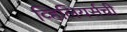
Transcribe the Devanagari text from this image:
व्हिलियर्सची